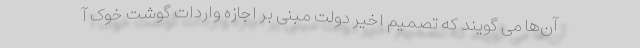
آن‌ها می گویند که تصمیم اخیر دولت مبنی بر اجازه واردات گوشت خوک آ